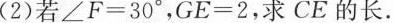
(2)若$$∠F=30°$$，$$GE=2$$，求CE的长.